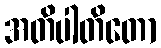
အတိပါတိတော